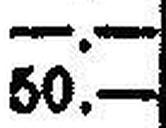
50.—